French and German assistants in Scottish schools and training centres, 1910
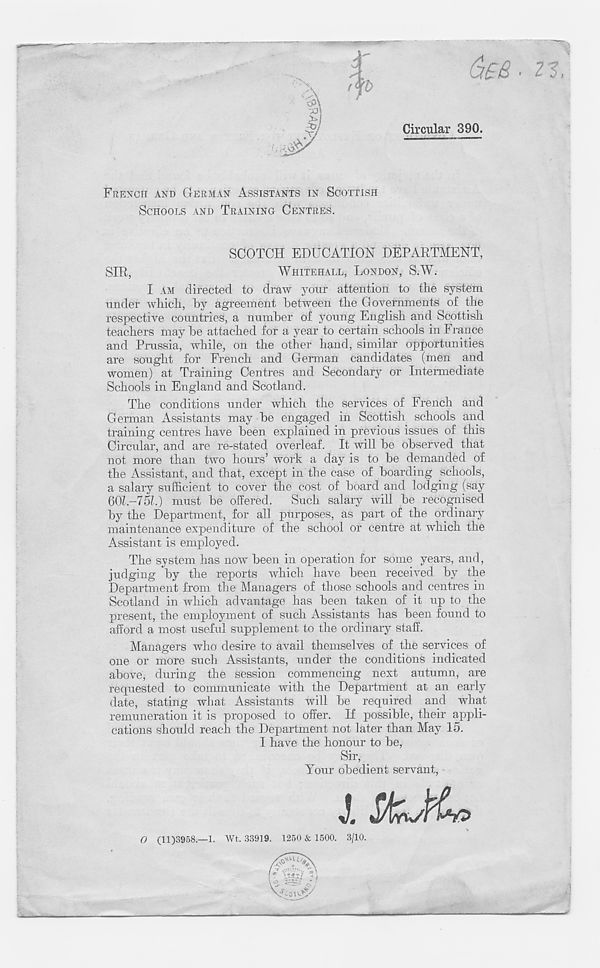
b
Circular 390.
FRENCH AND GERMAN ASSISTANTS IN SCOTTISH
SCHOOLS AND TRAINING CENTRES.
SCOTCH EDUCATION DEPARTMENT,
SIR,
WHITEHALL, LONDON, S.W.
I AM directed to draw your attention to the system
undei 1 which, by agreement between the Governments of the
respective countries, a number of young English and Scottish
teachers may be attached for a year to certain schools in France
and Prussia, while, on the other hand, similar opportunities
are sought for French and German candidates (men and
women) at Training Centres and Secondary or Intermediate
Schools in England and Scotland.
The conditions under which the services of French and
German Assistants may be engaged in Scottish schools and
training centres have been explained in previous issues of this
Circular, and are re-stated overleaf. It will be observed that
not more than two hours’ work a day is to be demanded of
the Assistant, and that, except in the case of boarding schools,
a salary sufficient to cover the cost of board and lodging (say
60Z.-75L) must be offered. Such salary will be recognised
by the Department, for all purposes, as part of the Ordinary
maintenance expenditure of the school or centre at which the
Assistant is employed.
The svstem has now been in operation for some years, and,
judging by the reports which have been received by the
Department from the Managers of those schools and centres in
Scotland in which advantage has been taken of it up to the
present, the employment of such Assistants has been found to
afford a most useful supplement to the ordinary staff.
Managers who desire to avail themselves of the services of
one or more such Assistants, under the conditions indicated
above, during the session commencing next autumn, are
requested to communicate with the Department at an early
date, stating what Assistants will be required and what
remuneration it is proposed to offer. If possible, their appli-
cations should reach the Department not later than May 15.
I have the honour to be,
Sir,
Your obedient servant,
l
O (11)3958.-1. Wt. 33919. 1250 & 1500. 3/10.